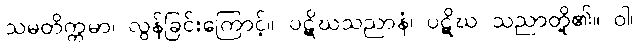
သမတိက္ကမာ၊ လွန်ခြင်းကြောင့်။ ပဋိဃသညာနံ၊ ပဋိဃ သညာတို့၏။ ဝါ၊